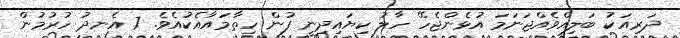
ދަރިއަކު ބަލިއްވެއްޖަނަމަ އުޅެންޖެހޭ ހާލު ކިޔައިދިނީ ފުން ހިތާމައާއެކުއެވެ. 7 އެނދު ހުރުމުން